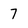
Character: 7